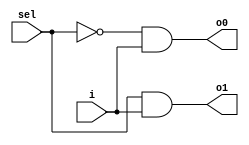
//Designed by Pavan V L
module dmux12(i,sel,o0,o1);
input i,sel;
output o0,o1;

assign o0=(~sel)&i;
assign o1 = sel&i;

endmodule